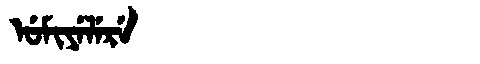
Manchu: ᡠᠮᡳᠶᡝᠯᡝᡵᡝ
Romanization: UMIYELERE